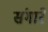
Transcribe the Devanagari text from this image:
संगारे